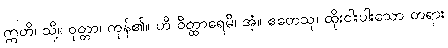
ဣတိ၊ သို့။ ဝုတ္တာ၊ ကုန်၏။ ဟိ ဝိတ္ထာရေမိ၊ အံ့။ ဧတေသု၊ ထိုးငါးပါးသော တရား